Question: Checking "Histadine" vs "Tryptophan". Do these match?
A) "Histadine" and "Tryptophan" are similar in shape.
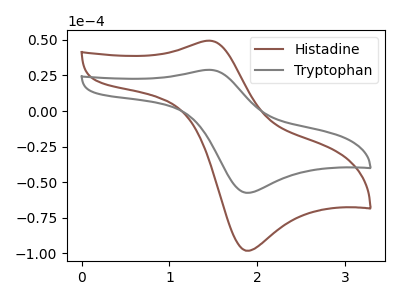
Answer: <think>The brown curve "Histadine" has an anodic peak at (1.45V, 49.40uA) and a cathodic peak at (1.85V, -98.10uA). The gray curve "Tryptophan" has an anodic peak at (1.45V, 28.95uA) and a cathodic peak at (1.85V, -57.45uA).
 All the peaks in "Histadine" have a peak in "Tryptophan" at the same potential. Every peak in "Histadine" is higher than every peak in "Tryptophan".</think>
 <answer>A) "Histadine" and "Tryptophan" are similar in shape.</answer>
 <eval>A</eval>